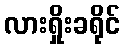
လားရှိုးခရိုင်